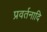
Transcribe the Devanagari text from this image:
प्रवर्तनादि